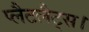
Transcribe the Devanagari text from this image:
प्लैटलैट्स।